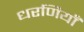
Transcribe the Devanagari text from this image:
धरणियाँ